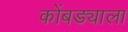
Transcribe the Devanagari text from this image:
कोंबड्याला